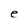
Character: e